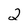
Character: 2